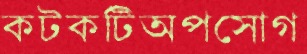
কটকটিঅপসোগ